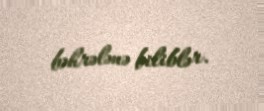
bəhrələnə biliblər.